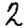
Digit: 2